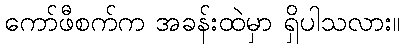
ကော်ဖီစက်က အခန်းထဲမှာ ရှိပါသလား။